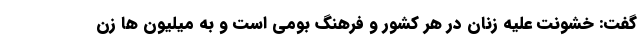
گفت: خشونت علیه زنان در هر کشور و فرهنگ بومی است و به میلیون ها زن